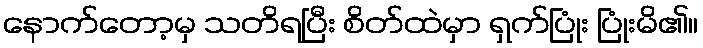
နောက်တော့မှ သတိရပြီး စိတ်ထဲမှာ ရှက်ပြုံး ပြုံးမိ၏။